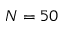
N = 5 0